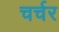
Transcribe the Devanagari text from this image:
चर्चर